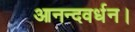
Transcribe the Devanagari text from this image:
आनन्दवर्धन।